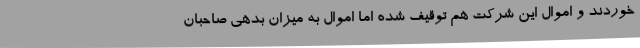
خوردند و اموال این شرکت هم توقیف شده اما اموال به میزان بدهی صاحبان